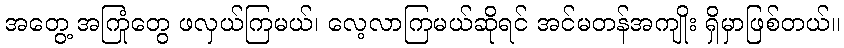
အတွေ့ အကြုံတွေ ဖလှယ်ကြမယ်၊ လေ့လာကြမယ်ဆိုရင် အင်မတန်အကျိုး ရှိမှာဖြစ်တယ်။